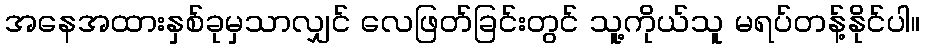
အနေအထားနှစ်ခုမှသာလျှင် လေဖြတ်ခြင်းတွင် သူ့ကိုယ်သူ မရပ်တန့်နိုင်ပါ။